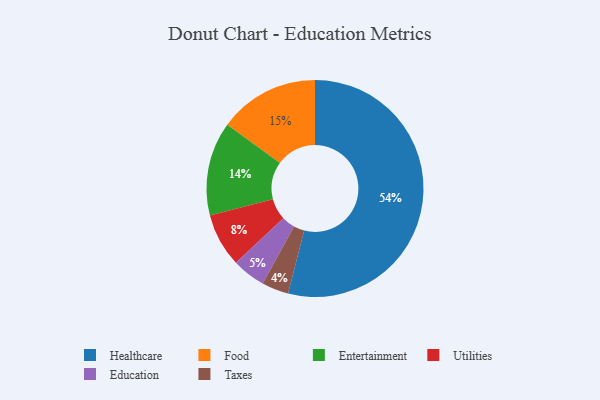
{"axis": {"x": "Category", "y": "Percentage"}, "legend": ["Education", "Entertainment", "Food", "Healthcare", "Taxes", "Utilities"], "data": [{"x": "Utilities", "y": 8, "type": "Utilities"}, {"x": "Healthcare", "y": 54, "type": "Healthcare"}, {"x": "Entertainment", "y": 14, "type": "Entertainment"}, {"x": "Taxes", "y": 4, "type": "Taxes"}, {"x": "Education", "y": 5, "type": "Education"}, {"x": "Food", "y": 15, "type": "Food"}]}